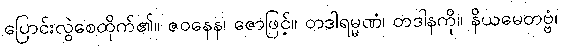
ပြောင်းလွဲစေထိုက်၏။ ဇဝနေန၊ ဇောဖြင့်။ တဒါရမ္မဏံ၊ တဒါနကို။ နိယမေတဗ္ဗံ၊